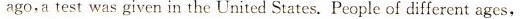
ago,a test was given in the United States. People of different ages.